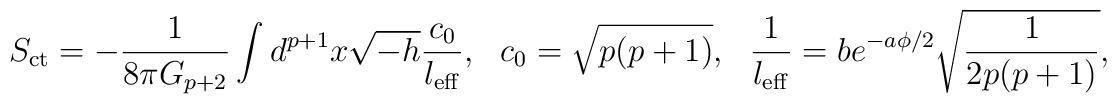
S_{\rm ct}=-\frac{1}{8\pi G_{p+2}}\int d^{p+1}x\sqrt{-h} \frac{c_0}  {l_{\rm eff}},\ \ \ c_0=\sqrt{p(p+1)},\ \ \  \frac{1}{l_{\rm eff}}=b e^{-a\phi/2}\sqrt{\frac{1}{2p(p+1)}},